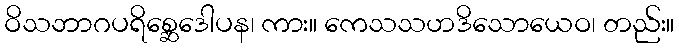
ဝိသဘာဂပရိစ္ဆေဒေါပန၊ ကား။ ကေသသဟဒိသောယေဝ၊ တည်း။